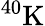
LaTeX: ^{40}\mathrm{K}